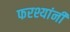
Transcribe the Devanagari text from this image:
फरश्यांनी